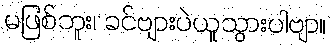
မဖြစ်ဘူး၊ ခင်ဗျားပဲယူသွားပါဗျာ။